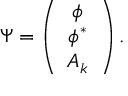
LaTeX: \Psi = \left( \begin{array} { c } { { \phi } } \\ { { \phi ^ { \ast } } } \\ { { A _ { k } } } \end{array} \right) .